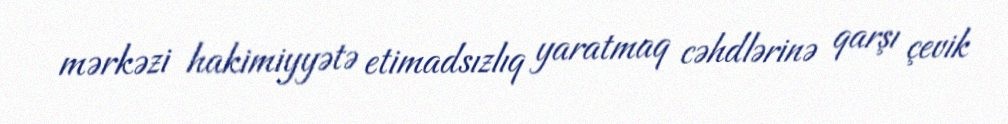
mərkəzi hakimiyyətə etimadsızlıq yaratmaq cəhdlərinə qarşı çevik